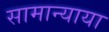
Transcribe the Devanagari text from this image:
सामान्याया